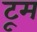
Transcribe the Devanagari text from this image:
टूम